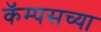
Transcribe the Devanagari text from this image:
कॅम्पसच्या